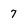
Character: 7